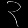
Digit: ၃